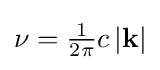
{\textstyle \nu ={\frac {1}{2\pi }}c\left|\mathbf {k} \right|}